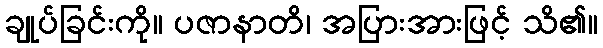
ချုပ်ခြင်းကို။ ပဇာနာတိ၊ အပြားအားဖြင့် သိ၏။